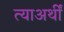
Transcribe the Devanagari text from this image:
त्याअर्थीं